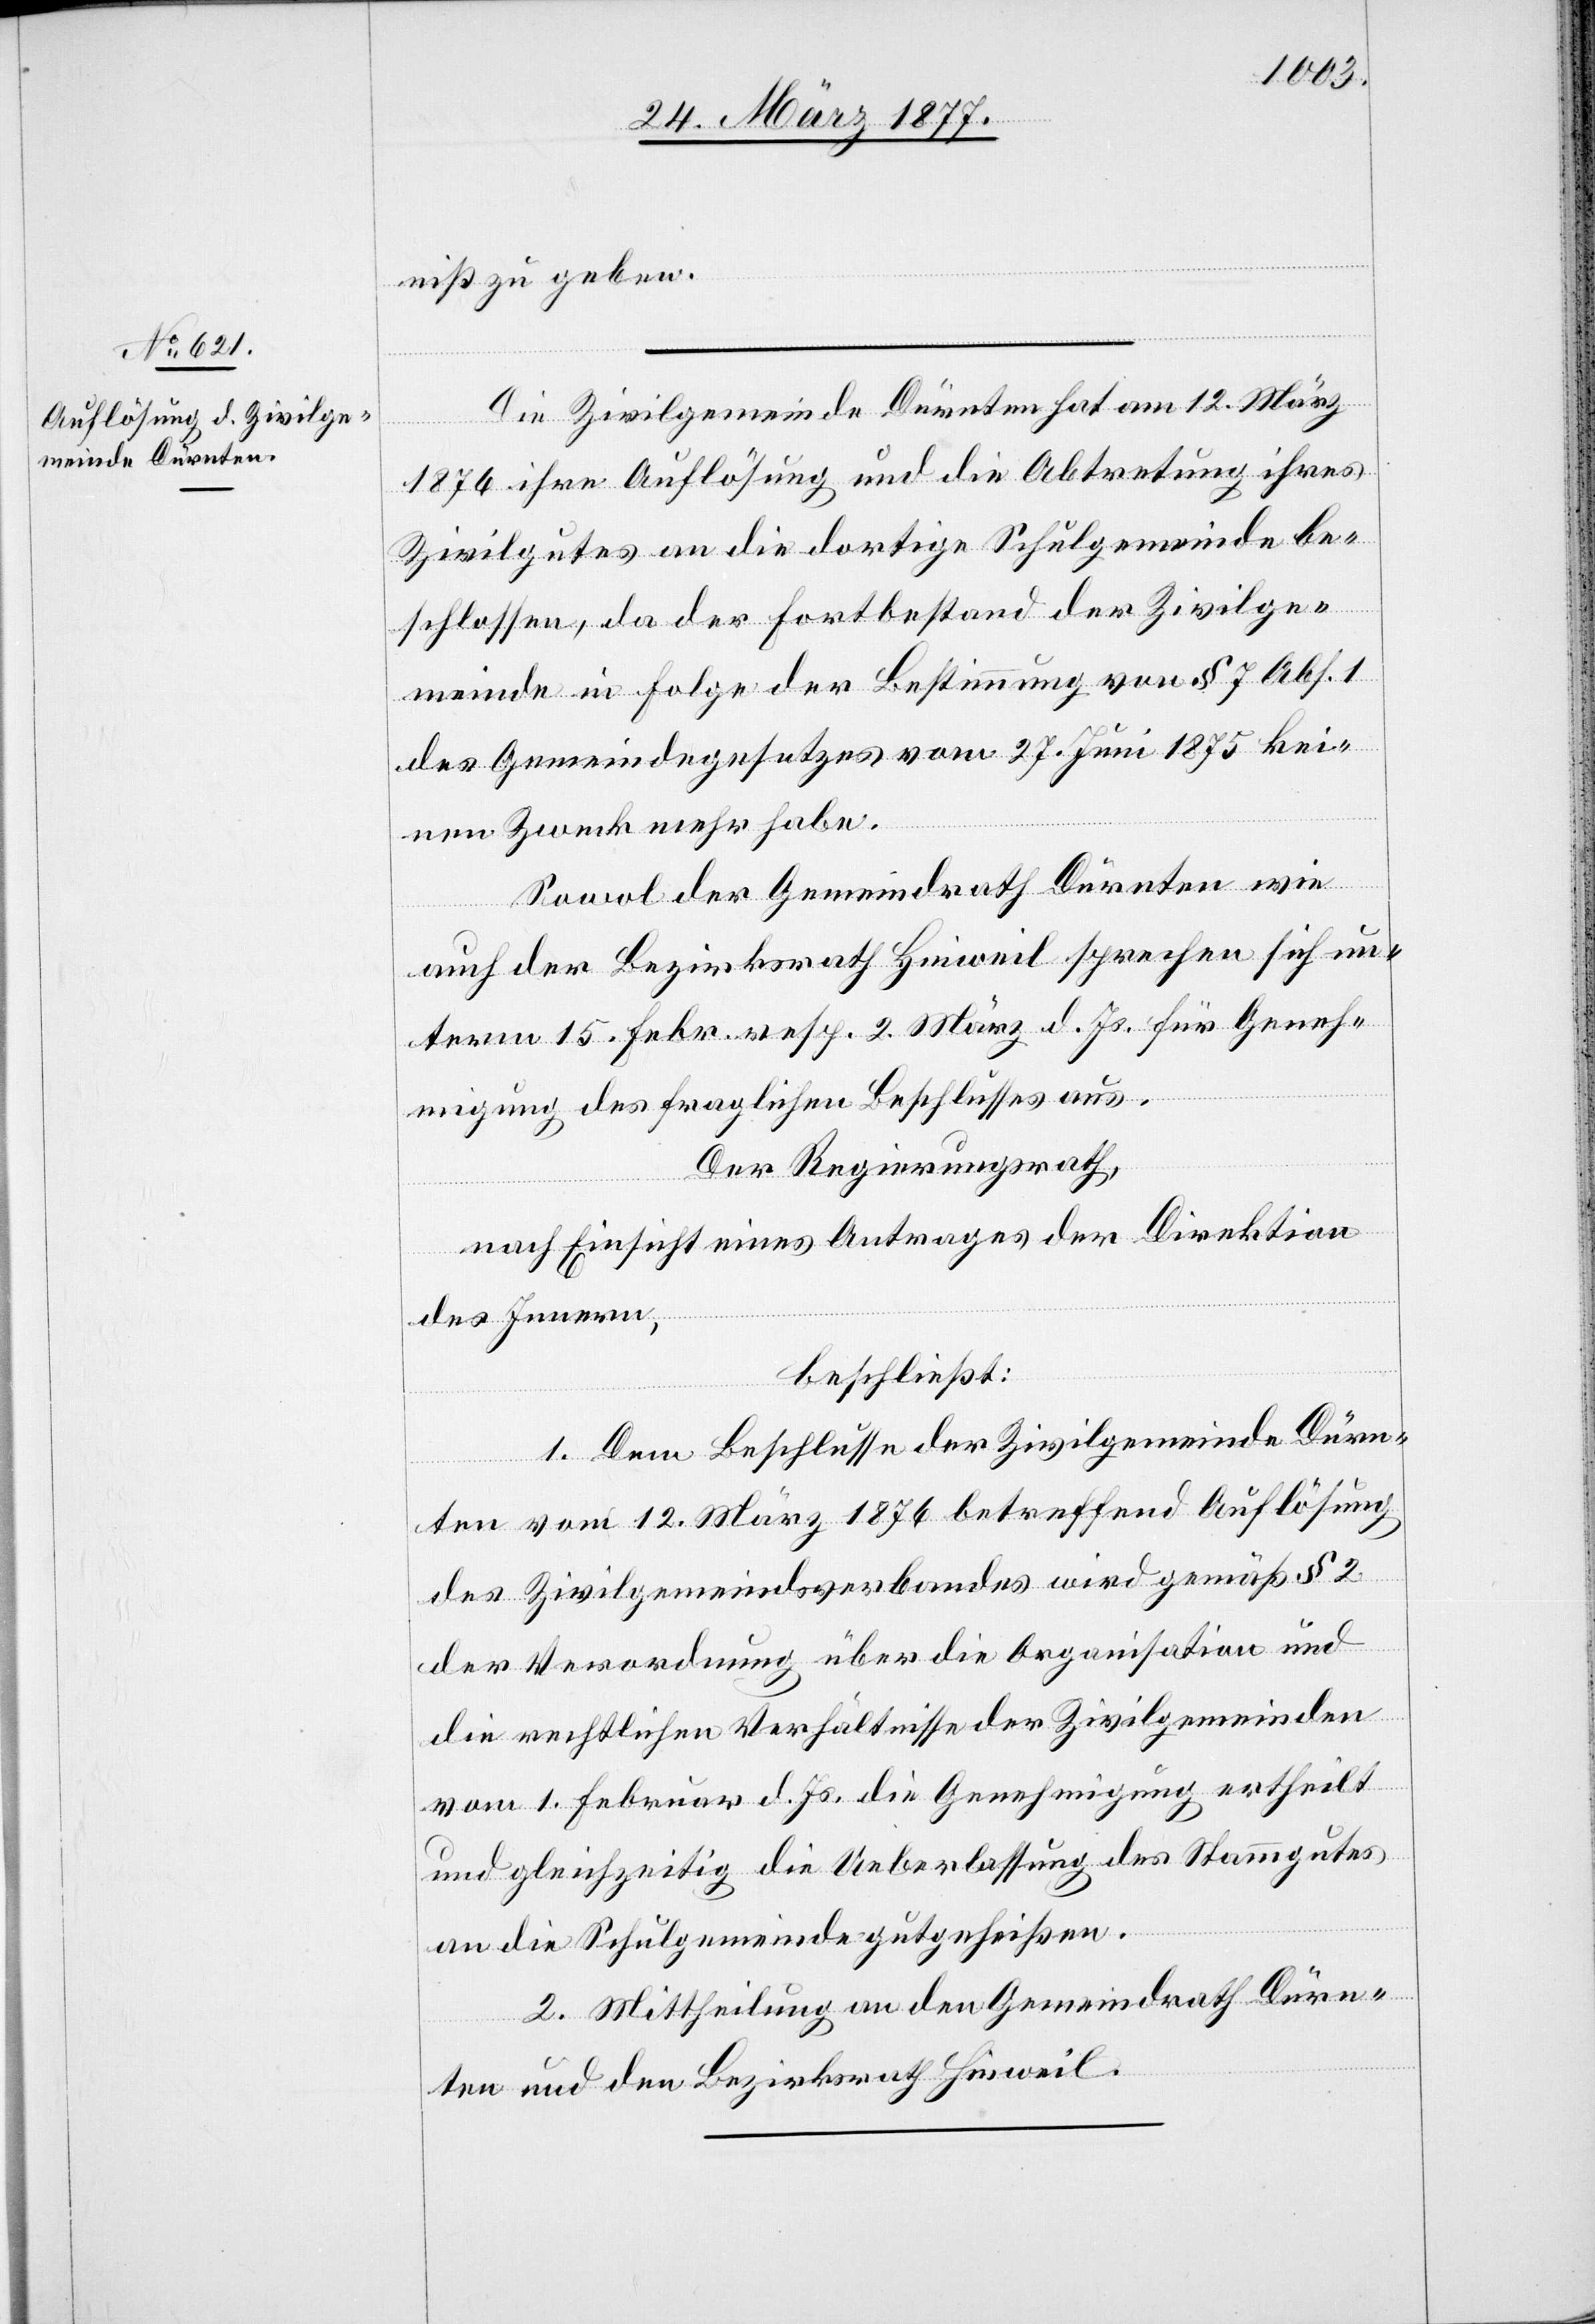
niß zu geben.
Die Zivilgemeinde Dürnten hat am 12. März
1876 ihre Auflösung und die Abtretung ihres
Zivilgutes an die dortige Schulgemeinde be¬
schlossen, da der Fortbestand der Zivilge¬
meinde in Folge der Bestimmung von § 7 Abs. 1
des Gemeindegesetzes vom 27. Juni 1875 kei¬
nen Zweck mehr habe.
Sowol der Gemeindrath Dürnten wie
auch der Bezirksrath Hinweil sprechen sich un¬
term 15. Febr. resp. 2. März d. Js. für Geneh¬
migung des fraglichen Beschlusses aus.
Der Regierungsrath,
nach Einsicht eines Antrages der Direktion
des Innern,
beschließt:
1. Dem Beschlusse der Zivilgemeinde Dürn¬
ten vom 12. März 1876 betreffend Auflösung
des Zivilgemeindsverbandes wird gemäß § 2
der Verordnung über die Organisation und
die rechtlichen Verhältnisse der Zivilgemeinden
vom 1. Februar d. Js. die Genehmigung ertheilt
und gleichzeitig die Ueberlassung des Stammgutes
an die Schulgemeinde gutgeheißen.
2. Mittheilung an den Gemeindrath Dürn¬
ten und den Bezirksrath Hinweil.